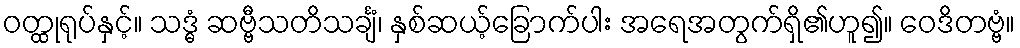
ဝတ္ထုရုပ်နှင့်။ သဒ္ဓံ ဆဗ္ဗီသတိသင်္ချံ၊ နှစ်ဆယ့်ခြောက်ပါး အရေအတွက်ရှိ၏ဟူ၍။ ဝေဒိတဗ္ဗံ။